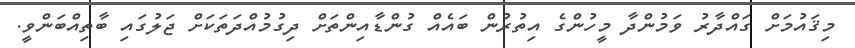
މިޤައުމަށް ގައްދާރު ވަމުންދާ މީހުންގެ އިތުރުން ބައެއް ގުންޑާއިންތަށް ދިގުމުއްދަތަކަށް ޖަލުގައި ބާތިއްބަންވީ.